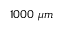
1 0 0 0 \ \mu m